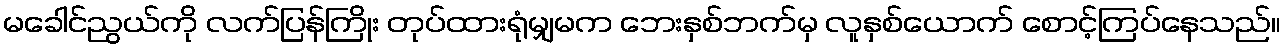
မခေါင်ညွယ်ကို လက်ပြန်ကြိုး တုပ်ထားရုံမျှမက ဘေးနှစ်ဘက်မှ လူနှစ်ယောက် စောင့်ကြပ်နေသည်။